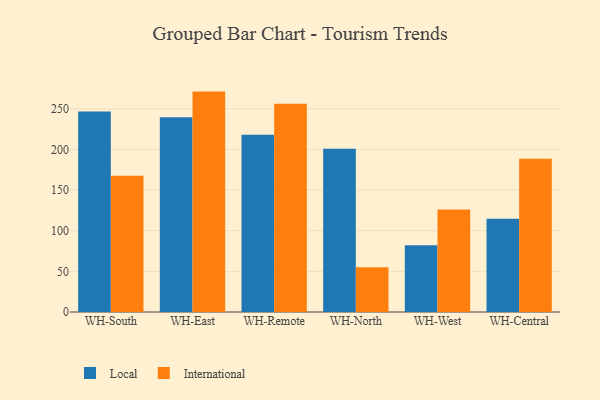
{"axis": {"x": "Warehouse", "y": "Bounce Rate (%)"}, "legend": ["International", "Local"], "data": [{"x": "WH-South", "y": 246.5, "type": "Local"}, {"x": "WH-South", "y": 167.7, "type": "International"}, {"x": "WH-East", "y": 239.4, "type": "Local"}, {"x": "WH-East", "y": 271.1, "type": "International"}, {"x": "WH-Remote", "y": 218.1, "type": "Local"}, {"x": "WH-Remote", "y": 256.1, "type": "International"}, {"x": "WH-North", "y": 200.8, "type": "Local"}, {"x": "WH-North", "y": 55.1, "type": "International"}, {"x": "WH-West", "y": 82.0, "type": "Local"}, {"x": "WH-West", "y": 126.2, "type": "International"}, {"x": "WH-Central", "y": 114.8, "type": "Local"}, {"x": "WH-Central", "y": 188.6, "type": "International"}]}